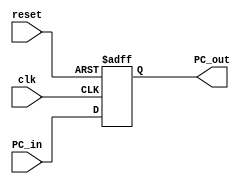
`timescale 1ns / 1ps
//////////////////////////////////////////////////////////////////////////////////
// Company: 
// Engineer: 
// 
// Design Name: 
// Module Name: program_counter
// Project Name: 
// Target Devices: 
// Tool Versions: 
// Description: 
// 
// Dependencies: 
// 
// Revision:
// Revision 0.01 - File Created
// Additional Comments:
// 
//////////////////////////////////////////////////////////////////////////////////
module program_counter(
input clk,reset,
input [31:0] PC_in,
output reg [31:0] PC_out
    );
    always @(posedge clk , negedge reset)
    begin
    if(!reset)
    PC_out <= 32'h0;
    else
    PC_out <= PC_in;
    end
    initial
    begin
     //$display("........................................");
     $display("..................Program_Counter is executed.............................");
     
    // $monitor("@time=%0t,clk = %0h,reset=%0h,PC_in=%0h,PC_out=%0h",$time,clk,reset,PC_in,PC_out,);
    end
endmodule